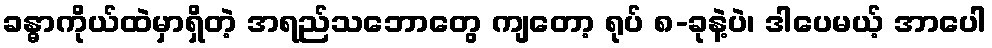
ခန္ဓာကိုယ်ထဲမှာရှိတဲ့ အရည်သဘောတွေ ကျတော့ ရုပ် ၈-ခုနဲ့ပဲ၊ ဒါပေမယ့် အာပေါ